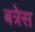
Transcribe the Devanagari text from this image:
बत्रेस